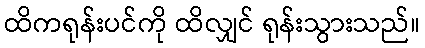
ထိကရုန်းပင်ကို ထိလျှင် ရုန်းသွားသည်။